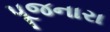
પૂજનારા